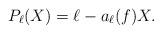
LaTeX: \begin{align*}P_\ell(X)=\ell-a_\ell(f)X.\end{align*}